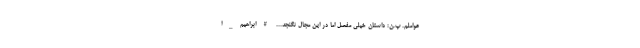
عواملم. پ.ن: داستان خیلی مفصل اما در این مجال نگنجد... #ابراهیم_ا